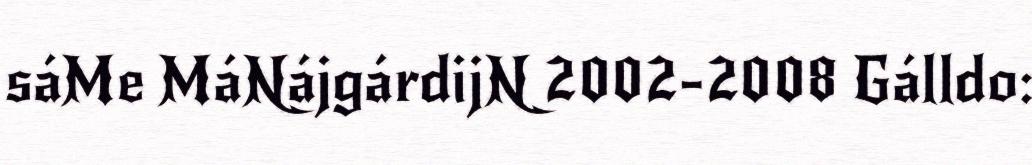
sáMe MáNájgárdijN 2002-2008 Gálldo: